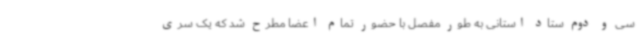
سی و دوم ستاد استانی به طور مفصل با حضور تمام اعضا مطرح شد که یک سری